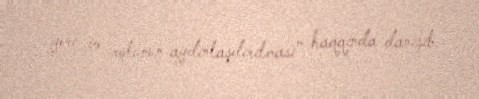
yeri və rolunun aydınlaşdırılması” haqqında danışıb.